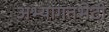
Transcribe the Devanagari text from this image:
अभ्यागतभेटी